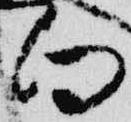
向